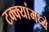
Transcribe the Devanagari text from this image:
टक्‍क्‍यांमध्ये